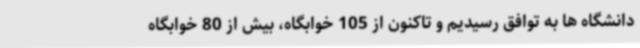
دانشگاه ها به توافق رسیدیم و تاکنون از 105 خوابگاه، بیش از 80 خوابگاه